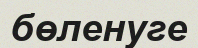
бөленуге